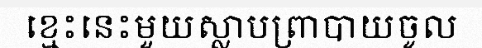
ខ្មេះនេះមួយស្លាបព្រាបាយចូល